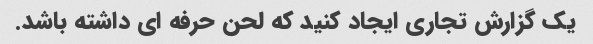
یک گزارش تجاری ایجاد کنید که لحن حرفه ای داشته باشد.